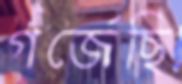
গর্‌জেছি